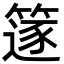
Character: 篴